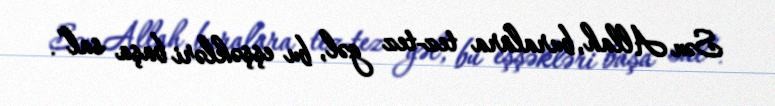
Sən Allah, buralara tez-tez gəl, bu eşşəkləri başa sal”.